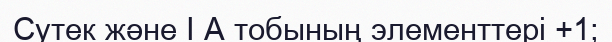
Сутек және І А тобының элементтері +1;